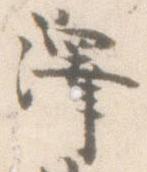
沢